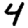
Digit: 4